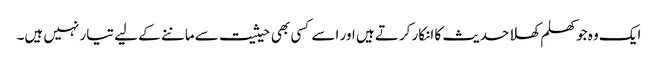
ایک وہ جو کھلم کھلا حدیث کا انکار کرتے ہیں اور اسے کسی بھی حیثیت سے ماننے کے لیے تیار نہیں ہیں۔